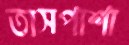
তাসপাশা